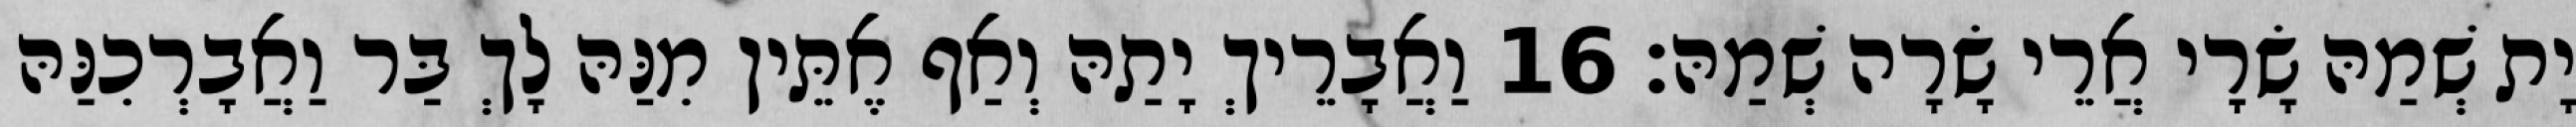
יָת שְׁמַהּ שָׂרָי אֲרֵי שָׂרָה שְׁמַהּ׃ 16 וַאֲבָרֵיךְ יָתַהּ וְאַף אֶתֵּין מִנַּהּ לָךְ בַּר וַאֲבָרְכִנַּהּ